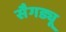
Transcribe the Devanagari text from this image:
सैगड्यू